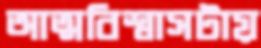
আত্মবিশ্বাসটায়